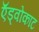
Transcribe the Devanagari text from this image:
ऍड्वोकाट